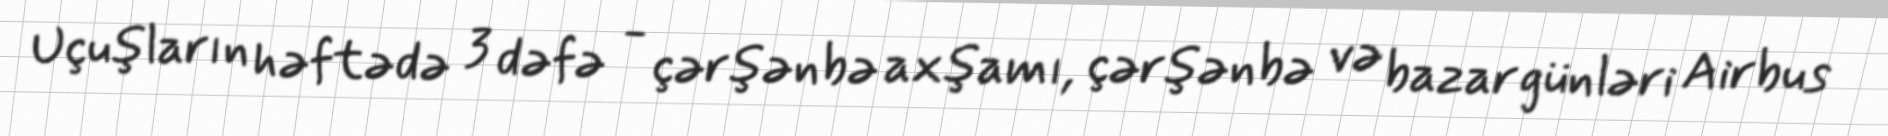
Uçuşların həftədə 3 dəfə - çərşənbə axşamı, çərşənbə və bazar günləri Airbus